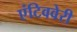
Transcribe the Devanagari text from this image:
एंटिववेरी